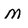
Character: M